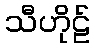
သီဟိုဠ်